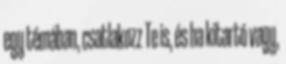
egy témában, csatlakozz Te is, és ha kitartó vagy,